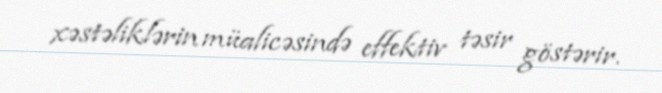
xəstəliklərin müalicəsində effektiv təsir göstərir.